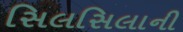
સિલસિલાની